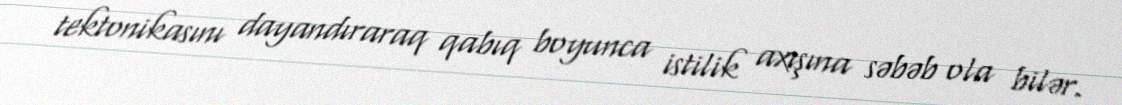
tektonikasını dayandıraraq qabıq boyunca istilik axışına səbəb ola bilər.